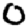
Digit: 0